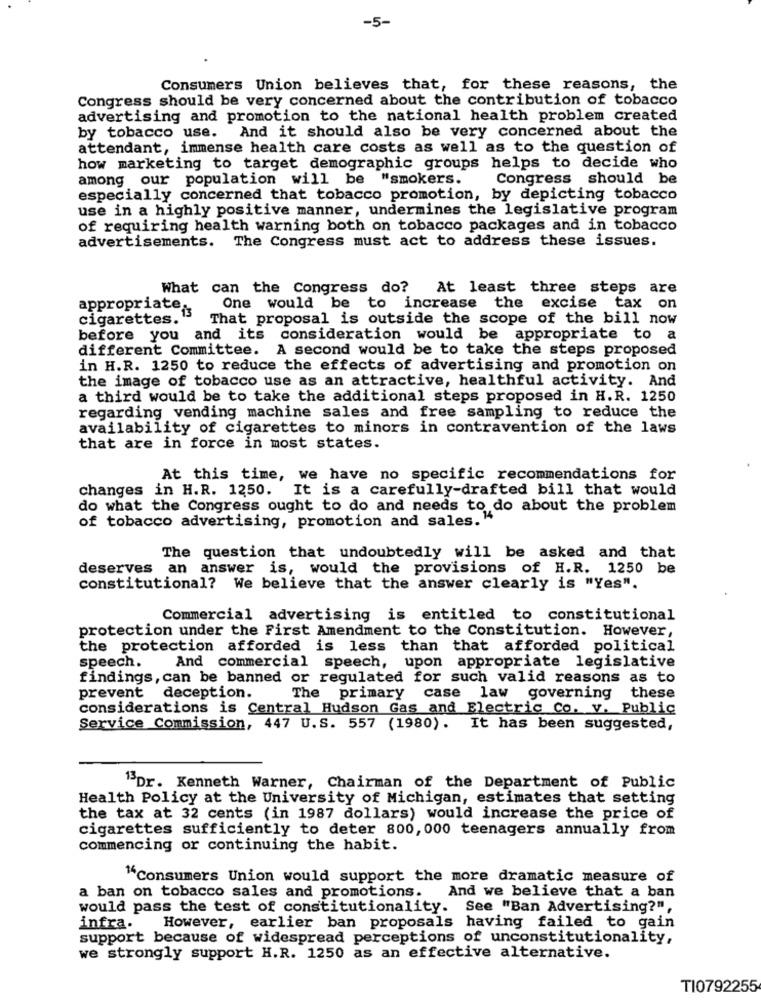
-5-
Consumers Union believes that, for these reasons, the
Congress should be very concerned about the contribution of tobacco
advertising and promotion to the national health problem created
by tobacco use. And it should also be very concerned about the
attendant, immense health care costs as well as to the question of
how marketing to target demographic groups helps to decide who
among our population will be "smokers.
Congress should be
especially concerned that tobacco promotion, by depicting tobacco
use in a highly positive manner, undermines the legislative program
of requiring health warning both on tobacco packages and in tobacco
advertisements. The Congress must act to address these issues.
What can the Congress do? At least three steps are
appropriate:
One would be to increase the excise tax on
cigarettes. 13
That proposal is outside the scope of the bill now
before you and its consideration would be appropriate to a
different Committee. A second would be to take the steps proposed
in H.R. 1250 to reduce the effects of advertising and promotion on
the image of tobacco use as an attractive, healthful activity. And
a third would be to take the additional steps proposed in H.R. 1250
regarding vending machine sales and free sampling to reduce the
availability of cigarettes to minors in contravention of the laws
that are in force in most states.
At this time, we have no specific recommendations for
changes in H.R. 1250. It is a carefully-drafted bill that would
do what the Congress ought to do and needs to do about the problem
of tobacco advertising, promotion and sales. "4
The question that undoubtedly will be asked and that
deserves an answer is, would the provisions of H.R. 1250 be
constitutional? We believe that the answer clearly is "Yes".
Commercial advertising is entitled to constitutional
protection under the First Amendment to the Constitution. However,
the protection afforded is less than that afforded political
speech.
And commercial speech, upon appropriate legislative
findings, can be banned or regulated for such valid reasons as to
prevent
deception.
The primary case law governing
these
considerations is Central Hudson Gas and Electric Co. v. Public
Service Commission, 447 U.S. 557 (1980).
It has been suggested,
13Dr. Kenneth Warner, Chairman of the Department of Public
Health Policy at the University of Michigan, estimates that setting
the tax at 32 cents (in 1987 dollars) would increase the price of
cigarettes sufficiently to deter 800, 000 teenagers annually from
commencing or continuing the habit.
"Consumers Union would support the more dramatic measure of
a ban on tobacco sales and promotions.
And we believe that a ban
would pass the test of constitutionality. See "Ban Advertising?",
infra.
However, earlier ban proposals having failed to gain
support because of widespread perceptions of unconstitutionality,
we strongly support H.R. 1250 as an effective alternative.
TI0792255